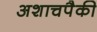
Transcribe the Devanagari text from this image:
अशाचपैकी